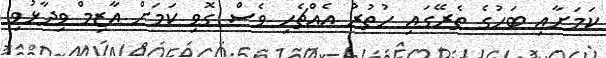
ކަމަށާއި ބަހުގެ ތެރޭގައި ހުތުރު އެއްޗެހި ވެސް ގޮވި ކަމަށް އާޒިމް ވިދާޅުވި